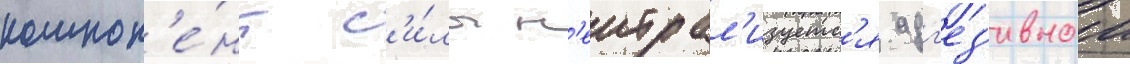
компон'е́нт с'и́лы н'еитрал'изуетс'я адг'ез'ивнои